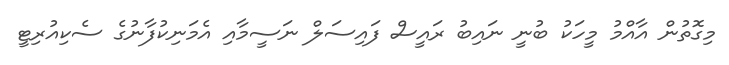
މިގޮތުން އާއްމު މީހަކު ބުނީ ނައިބު ރައީސް ފައިސަލް ނަސީމާއި އެމަނިކުފާނުގެ ސެކިއުރިޓީ